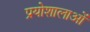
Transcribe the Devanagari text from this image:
प्रयोशालाओं